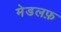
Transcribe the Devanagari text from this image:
मेडलफ़